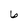
Character: 6